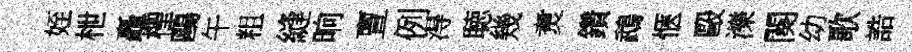
姪枻矗檉鷗午粗縫晌亶例淂聴幾煑鑽鵡愜毆濼闋幼歌誥